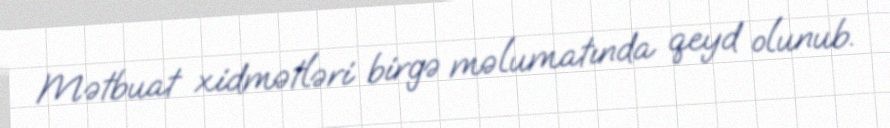
Mətbuat xidmətləri birgə məlumatında qeyd olunub.